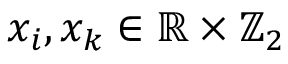
x _ { i } , x _ { k } \in \mathbb { R } \times \mathbb { Z } _ { 2 }